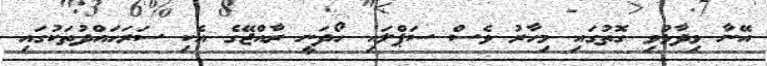
އޭނާ ވިދާޅުވި ގޮތުގައި މިހާރު ވެސް ސަޕްލައި ހޯދަނީ ރާއްޖޭގެ އެކި ސަރަހައްދުތަކުގައި